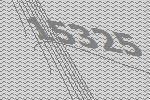
15325